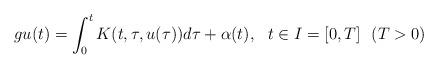
LaTeX: \begin{align*}gu(t)=\int_{0}^{t} K(t,\tau, u(\tau))d\tau+\alpha(t),~~ t\in I=[0,T] ~~(T>0)\end{align*}